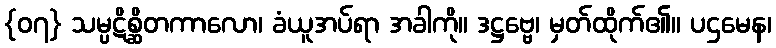
{၀၇} သမ္ပဋိစ္ဆိတကာလော၊ ခံယူအပ်ရာ အခါကို။ ဒဋ္ဌဗ္ဗေ၊ မှတ်ထိုက်၏။ ပဌမေန၊